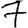
Digit: 7